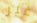
غير